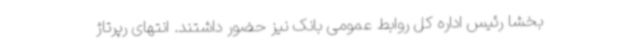
بخشا رئیس اداره کل روابط عمومی بانک نیز حضور داشتند. انتهای رپرتاژ